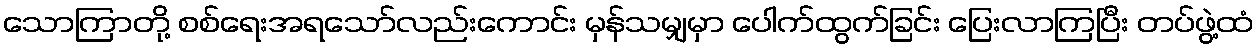
သောကြာတို့ စစ်ရေးအရသော်လည်းကောင်း မှန်သမျှမှာ ပေါက်ထွက်ခြင်း ပြေးလာကြပြီး တပ်ဖွဲ့ထံ